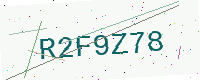
Text: R2F9Z78